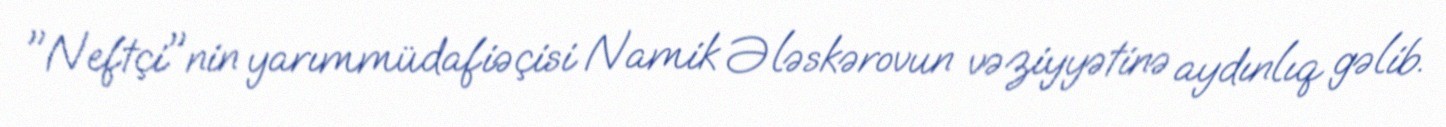
"Neftçi"nin yarımmüdafiəçisi Namik Ələskərovun vəziyyətinə aydınlıq gəlib.